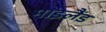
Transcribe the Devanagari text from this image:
माइलैंड